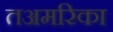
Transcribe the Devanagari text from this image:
तअमरिका